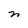
Character: n